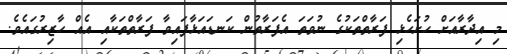
މި އިދާރާއަށް ހުށަހެޅި ފަރާތްތަކުގެ ނުވަތަ އެފަރާތުން ކަނޑައަޅާފައިވާ ފަރާތްތަކާއި އެއް ހާޒިރުގައެވެ.